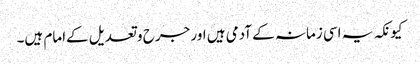
کیونکہ یہ اسی زمانہ کے آدمی ہیں اور جرح و تعدیل کےامام ہیں۔